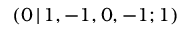
( 0 \, | \, 1 , - 1 , 0 , - 1 ; 1 )